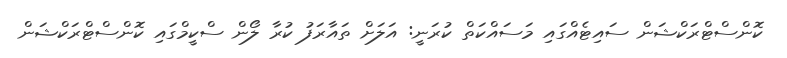
ކޮންސްޓްރަކްޝަން ސައިޓެއްގައި މަސައްކަތް ކުރަނީ: އަލަށް ތައާރަފު ކުރާ ލޯން ސްކީމްގައި ކޮންސްޓްރަކްޝަން